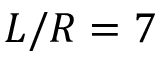
L / R = 7